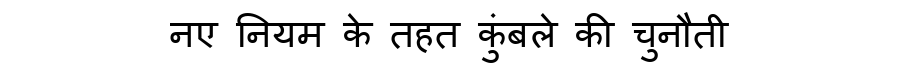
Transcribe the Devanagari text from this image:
नए नियम के तहत कुंबले की चुनौती